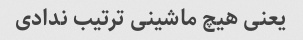
یعنی هیچ ماشینی ترتیب ندادی